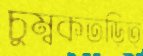
চুম্বকতড়িত্